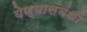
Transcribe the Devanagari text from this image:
येण्यासंबंधी